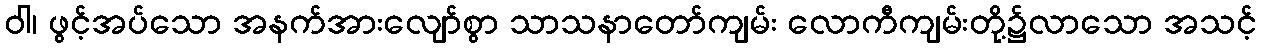
ဝါ၊ ဖွင့်အပ်သော အနက်အားလျော်စွာ သာသနာတော်ကျမ်း လောကီကျမ်းတို့၌လာသော အသင့်